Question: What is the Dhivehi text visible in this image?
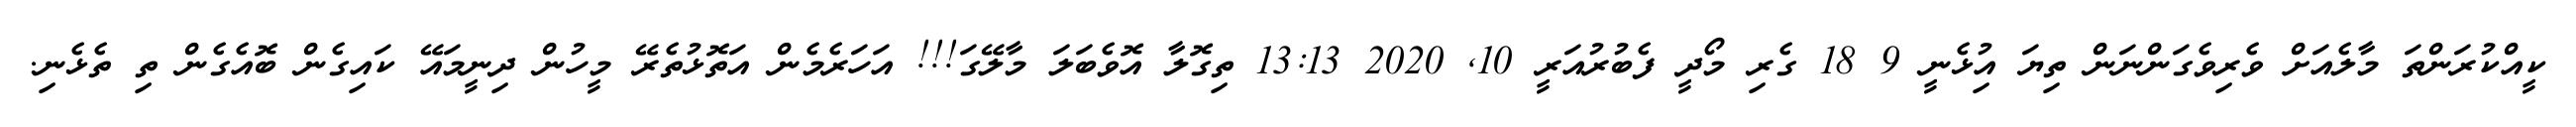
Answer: ކީއްކުރަންތަ މާލެއަށް ވެރިވެގަންނަން ތިޔަ އިުޅެނީ 9 18 ގެރި މޯދީ ފެބުރުއަރީ 10, 2020 13:13 ތިގޮލާ އޮވެބަލަ މާލޭގަ!!! އަހަރެމެން އަތޮޅުތެރޭ މީހުން ދިނީމައޭ ކައިގެން ބޮއެގެން ތި ތެޅެނި.